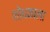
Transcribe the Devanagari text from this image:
शोधकाला